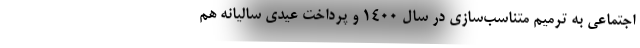
اجتماعی به ترمیم متناسب‌سازی در سال 1400 و پرداخت عیدی سالیانه هم